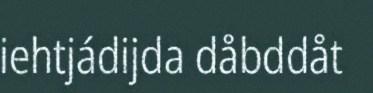
iehtjádijda dåbddåt